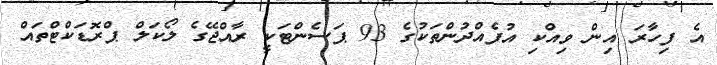
އެ ފިހާރަ އިން ވިއްކި އުފެއްދުންތަކުގެ 93 ޕަސެންޓަކީ ރާއްޖޭގެ ލޯކަލް ޕްރޮޑަކްޓްތައް